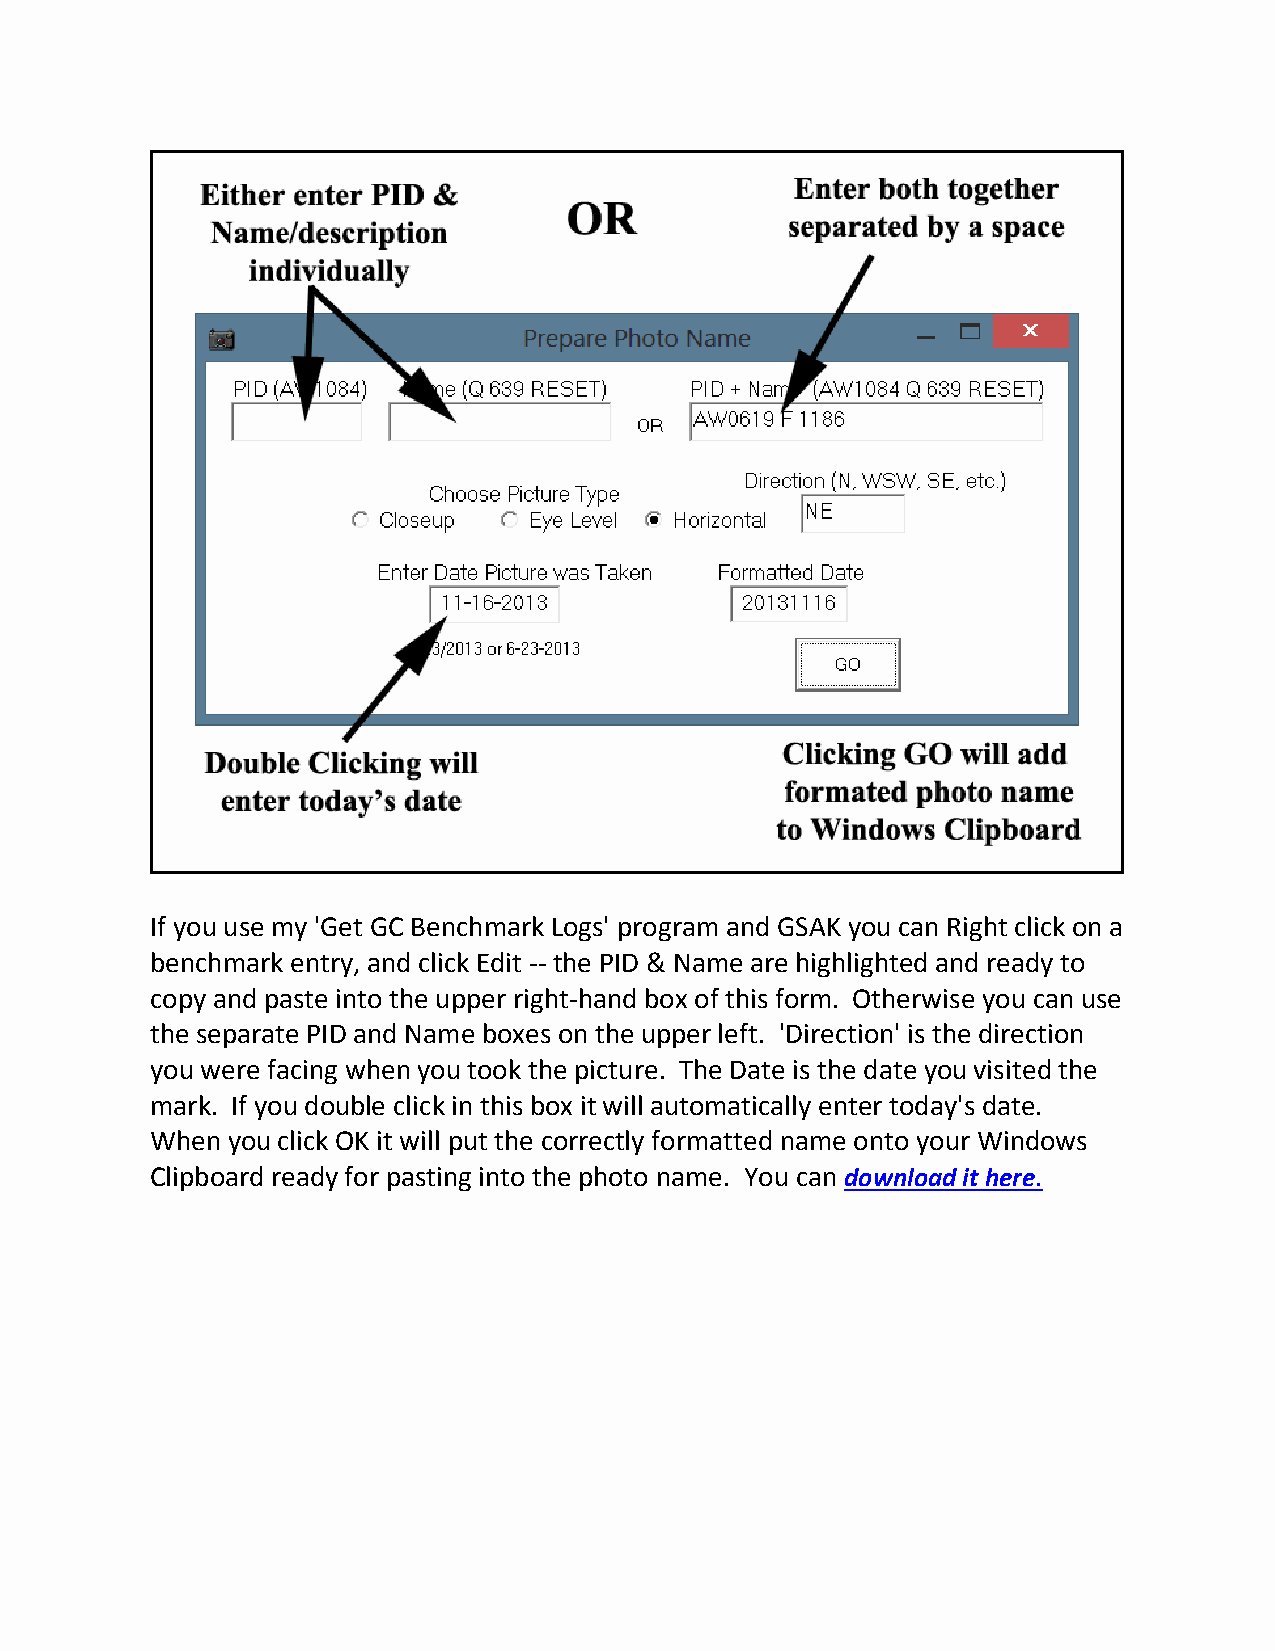
If you use my 'Get GC Benchmark Logs' program and GSAK you can Right click on a
 benchmark entry, and click Edit -- the PID & Name are highlighted and ready to
 copy and paste into the upper right-hand box of this form. Otherwise you can use
 the separate PID and Name boxes on the upper left. 'Direction' is the direction
 you were facing when you took the picture. The Date is the date you visited the
 mark. If you double click in this box it will automatically enter today's date.
 When you click OK it will put the correctly formatted name onto your Windows
 Clipboard ready for pasting into the photo name. You can download it here.